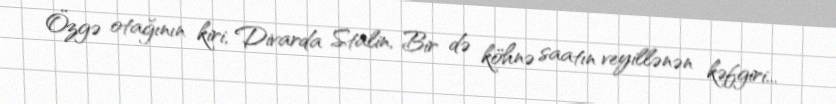
Özgə otağının kiri, Divarda Stalin, Bir də köhnə saatın veyillənən kəfgiri...